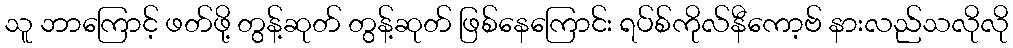
သူ ဘာကြောင့် ဖတ်ဖို့ တွန့်ဆုတ် တွန့်ဆုတ် ဖြစ်နေကြောင်း ရပ်စ်ကိုလ်နီကော့ဗ် နားလည်သလိုလို